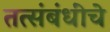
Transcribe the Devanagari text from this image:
तत्संबंधींचे